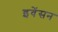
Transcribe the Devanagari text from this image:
इवेंसन